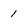
Character: 1